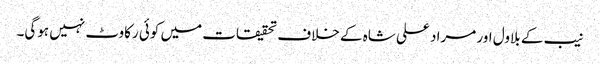
نیب کے بلاول اور مراد علی شاہ کے خلاف تحقیقات میں کوئی رکاوٹ نہیں ہوگی۔